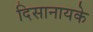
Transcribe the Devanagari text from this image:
दिसानायके